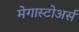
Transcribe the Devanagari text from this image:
मेगास्टोअर्स